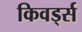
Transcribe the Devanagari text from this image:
किवर्ड्स